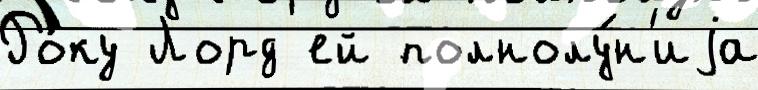
Ро́ку Лорд ей полнолу́н'иjа